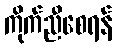
ကိုက်ညီစေရန်